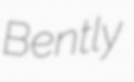
Bently